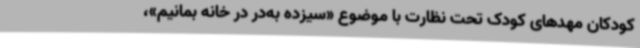
کودکان مهدهای کودک تحت نظارت با موضوع «سیزده به‌در در خانه بمانیم»،